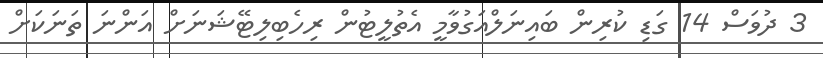
3 ދުވަސް 14 ގަޑި ކުރިން ބައިނަލްއަގުވާމީ އެތުލީޓުން ރިހެބިލިޓޭޝަނަށް އަންނަ ތަނަކަށް